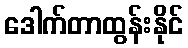
ဒေါက်တာထွန်းနိုင်